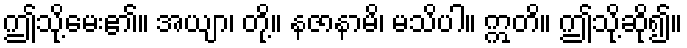
ဤသို့မေး၏။ အယျာ၊ တို့။ နဇာနာမိ၊ မသိပါ။ ဣတိ။ ဤသို့ဆို၍။